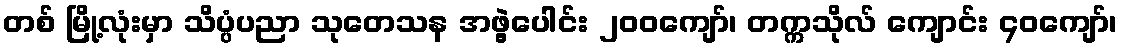
တစ် မြို့လုံးမှာ သိပ္ပံပညာ သုတေသန အဖွဲ့ပေါင်း ၂၀၀ကျော်၊ တက္ကသိုလ် ကျောင်း ၄၀ကျော်၊